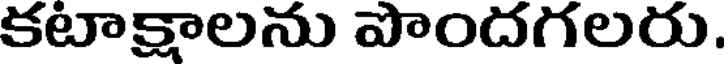
కటాక్షాలను పొందగలరు.